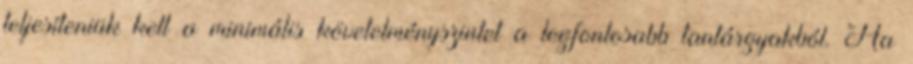
teljesíteniük kell a minimális követelményszintet a legfontosabb tantárgyakból. Ha